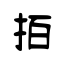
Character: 𢫦